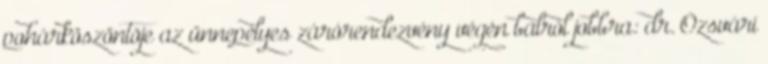
pohárköszöntõje az ünnepélyes zárórendezvény végén balról jobbra: dr. Ózsvári